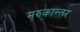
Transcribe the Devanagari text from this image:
मरुकान्तर